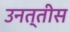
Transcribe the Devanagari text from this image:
उनत्तीस